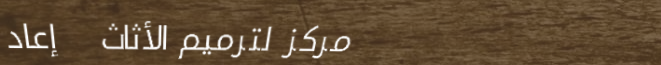
مركز لترميم الأثاث   إعاد